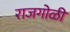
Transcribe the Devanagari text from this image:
राजगोळी